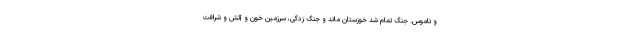
و ناموس. جنگ تمام شد خوزستان ماند و جنگ زدگی، سرزمین خون و آتش و شرافت